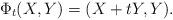
LaTeX: \begin{align*} \Phi_{t}(X,Y) = (X + tY,Y).\end{align*}